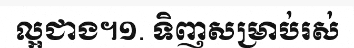
ល្អជាង។១. ទិញសម្រាប់រស់